system: You are a helpful assistant.
user:
Analyze the provided spectrum to determine if it is a **Carbon Star (C-type)**.

- **Key Visual Indicators of Carbon Star:**
    - **(Primary):** Strong molecular absorption from **C₂ (diatomic carbon) "Swan Bands."** This is the **defining feature** of a carbon star.
        - **(Key Bandheads):** Sharp absorption edges are visible at approximately $5635$ Å, $5165$ Å (the strongest band), and $4737$ Å.
        - **(Line Profile):** Creates a distinct **"saw-tooth"** pattern. The key morphology is a sharp, steep bandhead on the **red (long-wavelength) side**, which then gradually tapers off (i.e., flux recovers) towards the **blue (short-wavelength) side**. *(This is the direct opposite of the TiO bands seen in M-type stars)*.

    - **(Secondary):** Intense **CN (cyanogen)** molecular absorption bands.
        - **(Key Bandheads):** Located in the blue and violet regions of the spectrum (e.g., near $4215$ Å and $3883$ Å).
        - **(Morphology):** These bands are extremely broad and act as a "blanket," absorbing the vast majority of blue and violet light. This creates a characteristic **"cliff"** or **"steep drop-off"** in the spectrum's flux at short wavelengths.

    - **(Key Confirmation):** Strong **CH absorption band (G-band)**.
        - **(Key Bandhead):** Located around $4300$ Å. The contribution from CH molecules to this band is exceptionally strong.

    - **(Overall Spectrum):**
        - The continuum is severely "chopped up" by these deep molecular bands, especially C₂, rather than appearing as a smooth curve.
        - Due to the heavy CN and C₂ absorption in the blue-green, the vast majority of the star's flux is concentrated in the red part of the spectrum, giving the star its characteristic deep red color.

Think first, call **spectral_visualization_tool** if needed to examine features in detail, then provide your final answer. Your response must adhere to the following strict rules:
1.  **Overall Structure:** Your response must follow the format `<think>...</think> <tool_call>...</tool_call> (if a tool is used) <answer>...</answer>`.
2.  **Tool Usage Constraint:** You may only make **one** tool call per turn.
3.  **Final Answer Format:** In the `<answer>` tag, your conclusion must be inside a `\boxed{}` command (e.g., `\boxed{YES}`), followed by your justification.

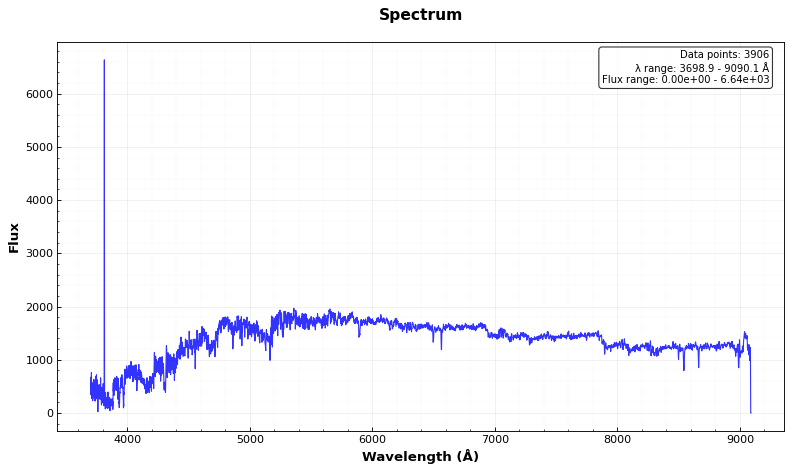
Answer: YES